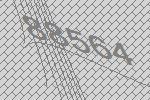
88564